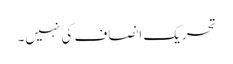
تحریک انصاف کی نہیں۔